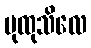
ပုထုသိလေ